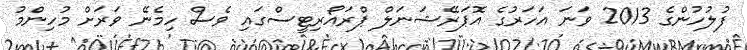
ފުލުހުންގެ 2013 ވަނަ އަހަރުގެ އޮޕަރޭޝަނަލް ޕްރައޯރިޓީސްގައި ވެސް ހިމެނޭ ވަރަށް މުހިންމު